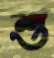
শু